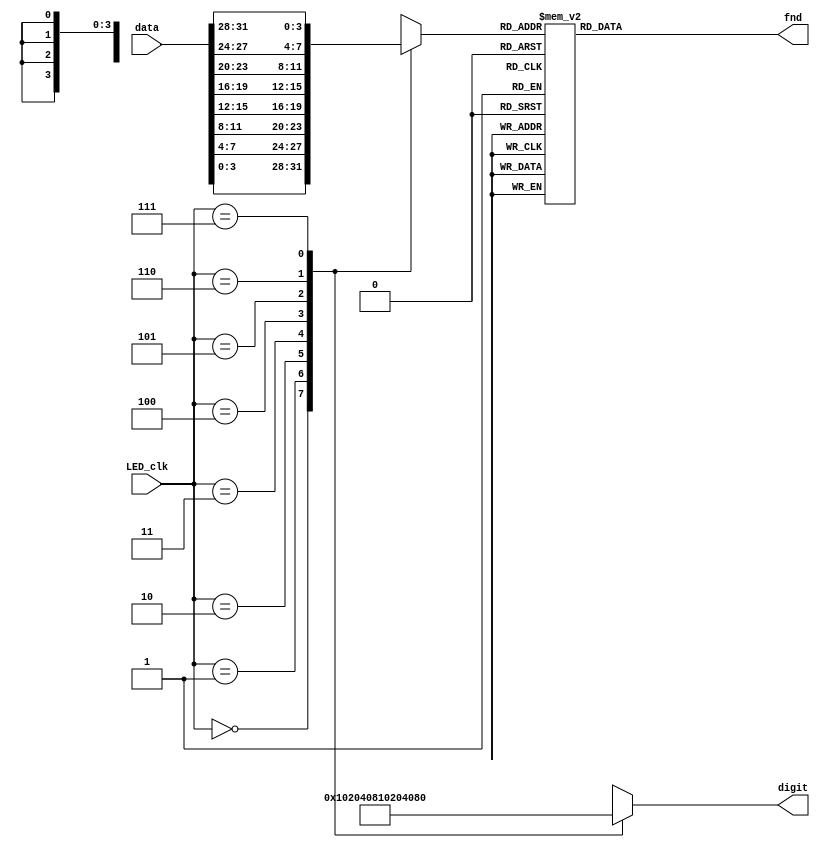
`timescale 1ns / 1ps
//////////////////////////////////////////////////////////////////////////////////
// Company: 
// Engineer: 
// 
// Design Name: 
// Module Name: LED_channel
// Project Name: 
// Target Devices: 
// Tool Versions: 
// Description: 
// 
// Dependencies: 
// 
// Revision:
// Revision 0.01 - File Created
// Additional Comments:
// 
//////////////////////////////////////////////////////////////////////////////////


module LED_channel(
	input [31:0] data,
	input [2:0] LED_clk,
	output reg [7:0] digit,
	output reg [7:0] fnd
    );
    reg [3:0] segment;
	always@(*) begin
		case(segment)
          4'b0001 : fnd = ~8'b01111001;   // 1
          4'b0010 : fnd = ~8'b00100100;   // 2
          4'b0011 : fnd = ~8'b00110000;   // 3
          4'b0100 : fnd = ~8'b00011001;   // 4
          4'b0101 : fnd = ~8'b00010010;   // 5
          4'b0110 : fnd = ~8'b00000010;   // 6
          4'b0111 : fnd = ~8'b01111000;   // 7
          4'b1000 : fnd = ~8'b00000000;   // 8
          4'b1001 : fnd = ~8'b00010000;   // 9 
          4'b1010 : fnd = ~8'b00001000;   // A
          4'b1011 : fnd = ~8'b00000011;   // b
          4'b1100 : fnd = ~8'b01000110;   // C
          4'b1101 : fnd = ~8'b00100001;   // d
          4'b1110 : fnd = ~8'b00000110;   // E
          4'b1111 : fnd = ~8'b00001110;   // F
          default : fnd = ~8'b01000000;   // 0
		endcase
	end

	always@(*) begin
	   case(LED_clk)
	   	3'b000 : begin
	   		digit = 8'b0000_0001;
			segment = data[3:0];
		end
		3'b001 : begin
	   		digit = 8'b0000_0010;
			segment = data[7:4];
		end
		3'b010 : begin
	   		digit = 8'b0000_0100;
			segment = data[11:8];
		end
		3'b011 : begin
	   		digit = 8'b0000_1000;
			segment = data[15:12];
		end
		3'b100 : begin
	   		digit = 8'b0001_0000;
			segment = data[19:16];
		end
		3'b101 : begin
	   		digit = 8'b0010_0000;
			segment = data[23:20];
		end
		3'b110 : begin
	   		digit = 8'b0100_0000;
			segment = data[27:24];
		end
		3'b111 : begin
	   		digit = 8'b1000_0000;
			segment = data[31:28];
		end
		default : begin
	   		digit = 8'b1111_1111;
			segment = 4'b1111;
		end
	   endcase
	end
endmodule